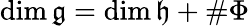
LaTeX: \dim{\mathfrak{g}}=\dim{\mathfrak{h}}+\# \Phi